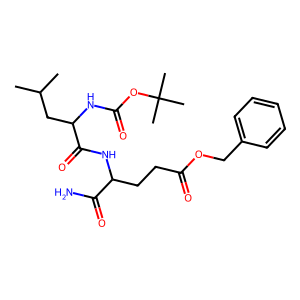
SMILES: CC(C)CC(NC(=O)OC(C)(C)C)C(=O)NC(CCC(=O)OCc1ccccc1)C(N)=O
Inhibits HIV replication: No